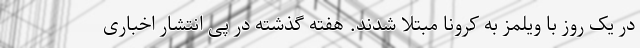
در یک روز با ویلمز به کرونا مبتلا شدند. هفته گذشته در پی انتشار اخباری